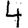
Digit: 4